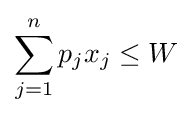
\sum _{j=1}^{n}p_{j}x_{j}\leq W